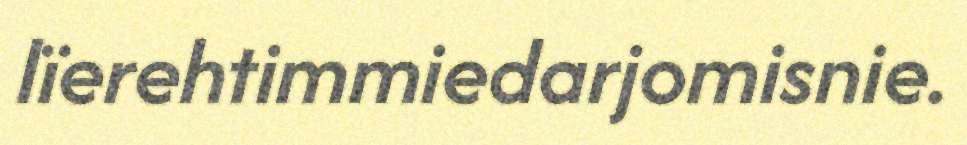
lïerehtimmiedarjomisnie.